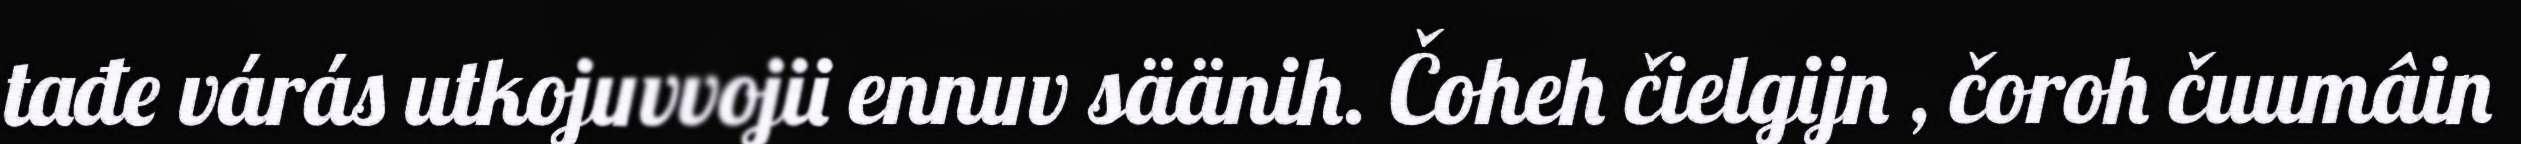
tađe várás utkojuvvojii ennuv säänih. Čoheh čielgijn , čoroh čuumâin